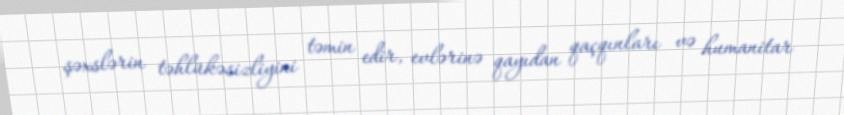
şəxslərin təhlükəsizliyini təmin edir, evlərinə qayıdan qaçqınları və humanitar